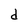
Character: d